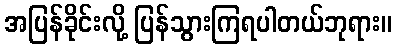
အပြန်ခိုင်းလို့ ပြန်သွားကြရပါတယ်ဘုရား။